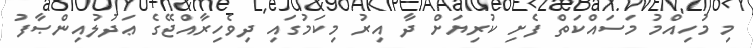
މި މުހިއްމު މަސައްކަތް ފެށި ކުރިޔަށް ދާ އިރު މިކަމުގައި ދިވެހިރާއްޖޭގެ ޢަދުލުއިންޞާފު